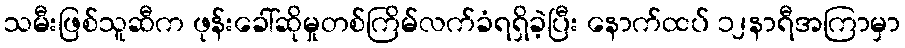
သမီးဖြစ်သူဆီက ဖုန်းခေါ်ဆိုမှုတစ်ကြိမ်လက်ခံရရှိခဲ့ပြီး နောက်ထပ် ၁၂နာရီအကြာမှာ